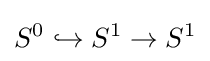
S^{0}\hookrightarrow S^{1}\to S^{1}